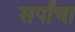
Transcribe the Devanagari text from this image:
सर्पांचा